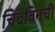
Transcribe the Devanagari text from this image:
चिंदविनची